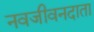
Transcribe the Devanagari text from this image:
नवजीवनदाता